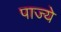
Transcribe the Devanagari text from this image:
पाज्ये